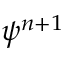
\psi ^ { n + 1 }